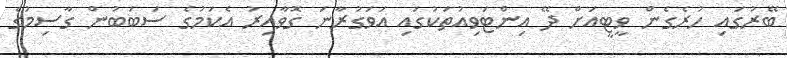
ބޭރުގައި ހުރެގެން ވީޓީއަށް ދޭ އިންޓަވިއުތަކުގައި އަވަގުރާނަ ގޮވާއިރު އެކަމުގެ ސަބަބުން ގާސިމުގެ